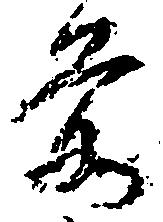
前